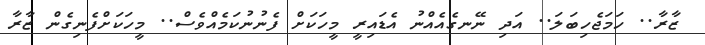
ޒާރާ.. ހަމަޖެހިބަލަ.. އަދި ނޭނގެއެއްނު އެޑައިރީ މީހަކަށް ފެނުނުކަމެއްވެސް.. މީހަކަށްފެނިގެން ޒާރާ